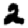
Digit: 2